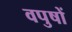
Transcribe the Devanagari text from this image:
वपुषों